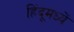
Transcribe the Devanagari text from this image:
हिंदूमध्यें